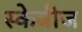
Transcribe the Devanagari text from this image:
स्केबीज